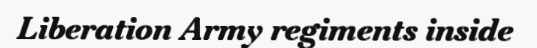
Liberation Army regiments inside